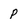
Character: p